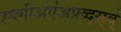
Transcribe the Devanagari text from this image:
ह्फ्गीअए॑अफ्र्व्द्स्व्॑